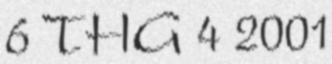
6 THG 4 2001